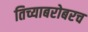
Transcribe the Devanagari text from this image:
तिच्याबरोबरच